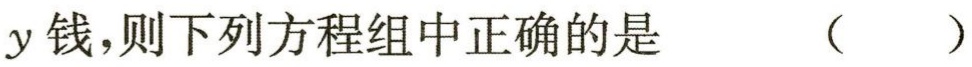
$y钱,则下列方程组中正确的是 （  ）$